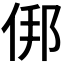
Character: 𬾏